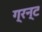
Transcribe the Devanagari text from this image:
ग्रन्ट